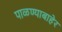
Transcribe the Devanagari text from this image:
पाळण्याबाहेर